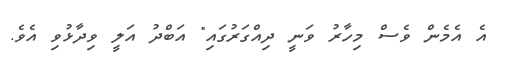
އެ އެމެން ވެސް މިހާރު ވަނީ ދިއްގަރުގައި" އަބްދު އަލީ ވިދާޅުވި އެވެ.